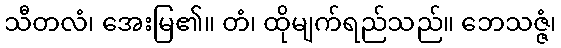
သီတလံ၊ အေးမြ၏။ တံ၊ ထိုမျက်ရည်သည်။ ဘေသဇ္ဇံ၊